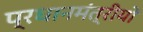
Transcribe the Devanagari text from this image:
प्रधानमंत्रीयों